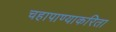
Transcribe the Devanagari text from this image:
चहापाण्याकरिता